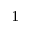
^ 1